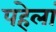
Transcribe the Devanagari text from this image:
पहेलां